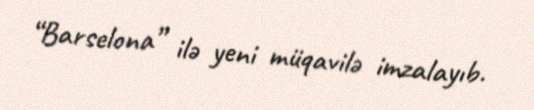
“Barselona” ilə yeni müqavilə imzalayıb.